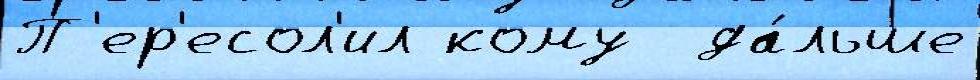
П'ер'есол'ил кому  да́льше